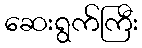
ဆေးရွက်ကြီး